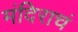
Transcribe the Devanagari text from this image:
मंदिराचं